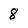
Character: 8